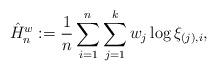
LaTeX: \begin{align*}\hat{H}_n^w := \frac{1}{n} \sum_{i=1}^n \sum_{j=1}^k w_j \log \xi_{(j),i},\end{align*}